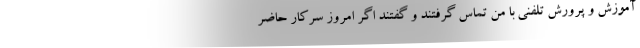
آموزش و پرورش تلفنی با من تماس گرفتند و گفتند اگر امروز سرکار حاضر